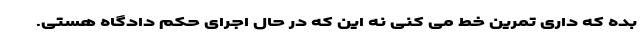
بده که داری تمرین خط می کنی نه این که در حال اجرای حکم دادگاه هستی.